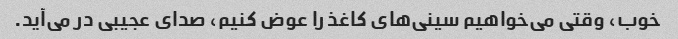
خوب، وقتی می‌خواهیم سینی‌های کاغذ را عوض کنیم، صدای عجیبی در می‌آید.